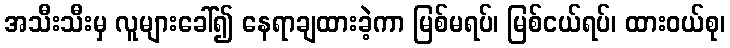
အသီးသီးမှ လူများခေါ်၍ နေရာချထားခဲ့ကာ မြစ်မရပ်၊ မြစ်ငယ်ရပ်၊ ထားဝယ်စု၊